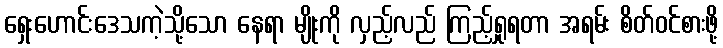
ရှေးဟောင်းဒေသကဲ့သို့သော နေရာ မျိုးကို လှည့်လည် ကြည့်ရှုရတာ အရမ်း စိတ်ဝင်စားဖို့